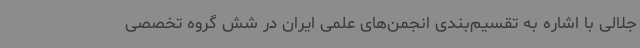
جلالی با اشاره به تقسیم‌بندی انجمن‌های علمی ایران در شش گروه تخصصی